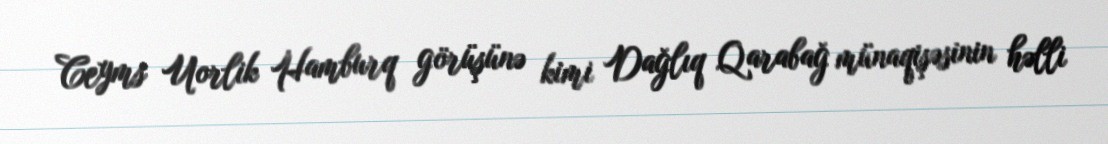
Ceyms Uorlik Hamburq görüşünə kimi Dağlıq Qarabağ münaqişəsinin həlli